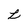
Character: L